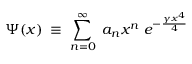
\Psi ( x ) \; \equiv \; \sum _ { n = 0 } ^ { \infty } \; a _ { n } x ^ { n } \; e ^ { - \frac { \gamma x ^ { 4 } } 4 }